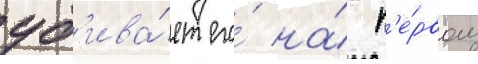
уб'ива́ет его́ на́ п'е́рвом